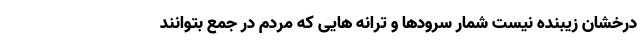
درخشان زیبنده نیست شمار سرودها و ترانه هایی که مردم در جمع بتوانند